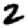
Digit: 2